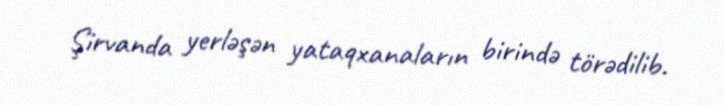
Şirvanda yerləşən yataqxanaların birində törədilib.